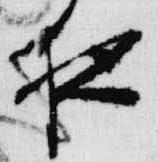
夜